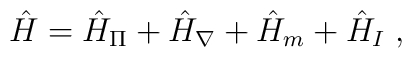
\hat H = \hat{H}_{\Pi} + \hat{H}_{\nabla} + \hat{H}_m + \hat{H}_I \;,